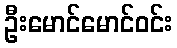
ဦးမောင်မောင်ဝင်း